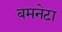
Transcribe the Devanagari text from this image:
बमनेटा